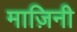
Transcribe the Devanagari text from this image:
माज़िनी